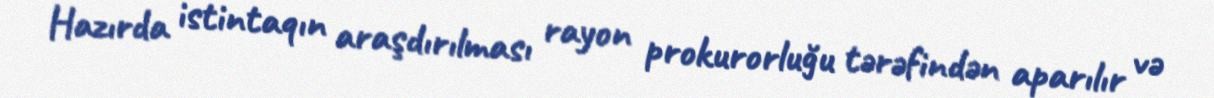
Hazırda istintaqın araşdırılması rayon prokurorluğu tərəfindən aparılır və